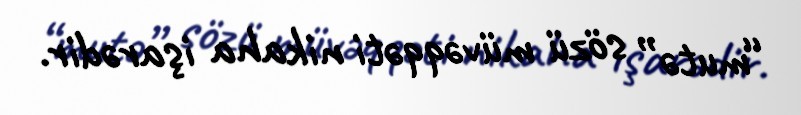
“mutə” sözü müvəqqəti nikaha işarədir.